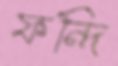
ফন্দি